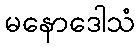
မနောဒေါသံ